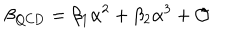
LaTeX: \beta _ { \mathrm { Q C D } } = \beta _ { 1 } \alpha ^ { 2 } + \beta _ { 2 } \alpha ^ { 3 } + \mathcal { O }